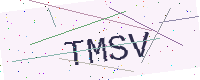
Text: TMSV